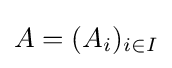
A=(A_{i})_{i\in I}